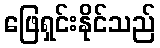
ဖြေရှင်းနိုင်သည်